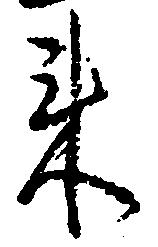
来